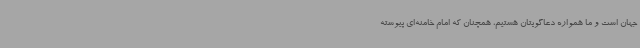
جهان است و ما همواره دعاگویتان هستیم، همچنان که امام خامنه‌ای پیوسته